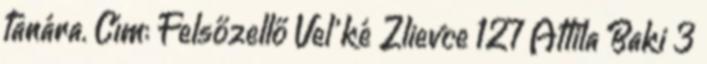
tanára. Cím: Felsőzellő Veľké Zlievce 127 Attila Baki 3